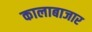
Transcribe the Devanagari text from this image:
कालाबाजार